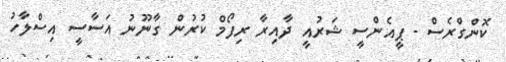
ކޮންގްރެސް - ޕީއެންސީ ޝަރުއީ ދާއިރާ ރިފޯމް ކުރުން ގާނޫނު އަސާސީ އިސްލާހު